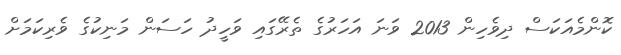
ކޮންމެއަކަސް ދިވެހިން 2013 ވަނަ އަހަރުގެ ތެރޭގައި ވަހީދު ހަސަން މަނިކުގެ ވެރިކަމަށް